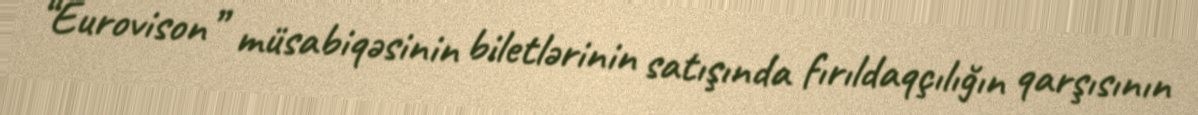
“Eurovison” müsabiqəsinin biletlərinin satışında fırıldaqçılığın qarşısının